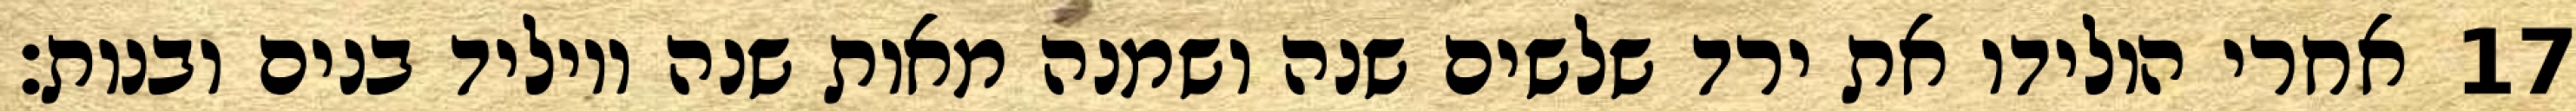
אחרי הולידו את ירד שלשים שנה ושמנה מאות שנה ויוליד בנים ובנות׃ ‎17‏